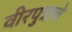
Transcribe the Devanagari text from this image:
वीरपुत्राचे